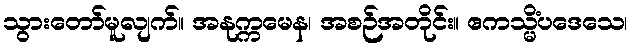
သွားတော်မူလျက်။ အနုက္ကမေန၊ အစဉ်အတိုင်း။ ဧကသ္မိံပဒေသေ၊